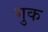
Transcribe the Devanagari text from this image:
गुक